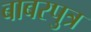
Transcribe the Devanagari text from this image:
बाबरपुत्र